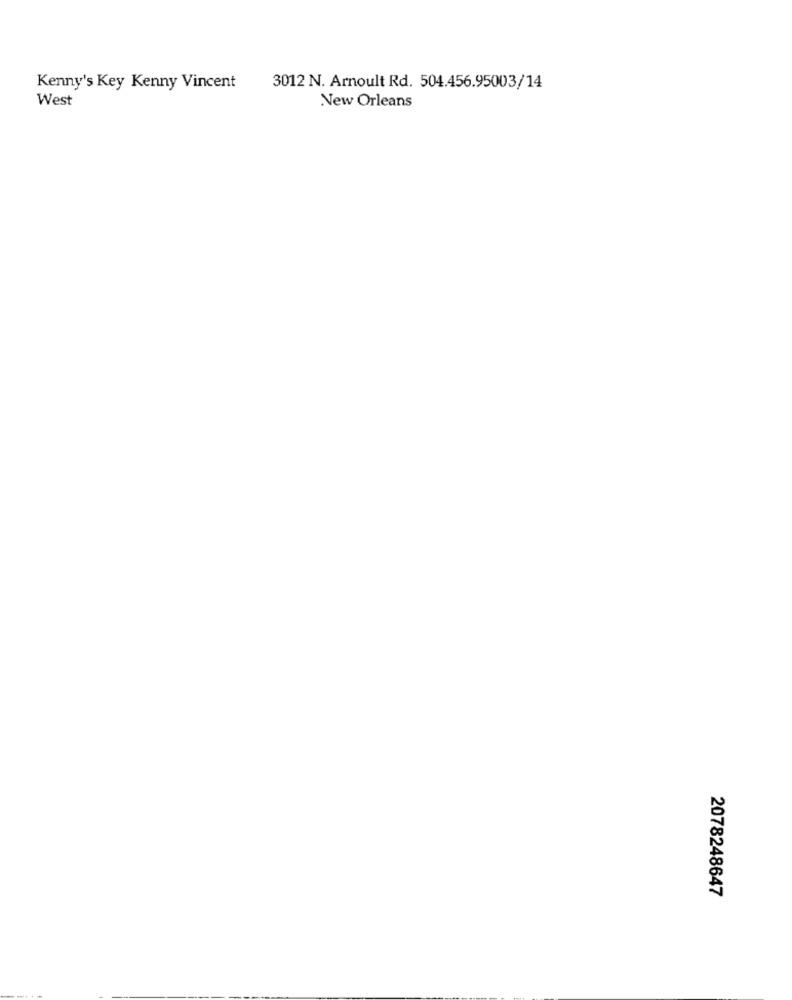
Kenny's Key Kenny Vincent
3012 N. Arnoult Rd. 504.456.95003/14
West
New Orleans
2078248647